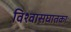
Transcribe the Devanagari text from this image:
विश्वासघातकाः